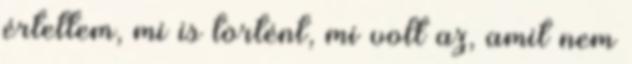
értettem, mi is történt, mi volt az, amit nem